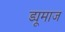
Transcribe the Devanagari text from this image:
ड्यूमाज